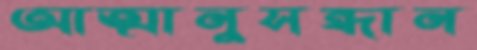
আত্মানুসন্ধান